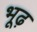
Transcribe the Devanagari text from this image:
भूढ़